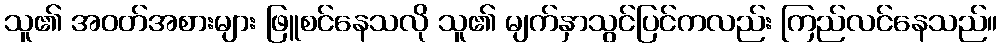
သူ၏ အဝတ်အစားများ ဖြူစင်နေသလို သူ၏ မျက်နှာသွင်ပြင်ကလည်း ကြည်လင်နေသည်။